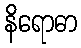
နိရောဓာ